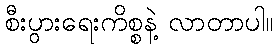
စီးပွားရေးကိစ္စနဲ့ လာတာပါ။